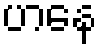
ဟနေ